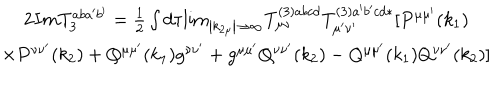
\begin{array} { c } { { 2 I m T _ { 3 } ^ { a b a ^ { \prime } b ^ { \prime } } = \frac 1 2 \int d \tau { \lim _ { \left| k _ { 2 \mu } \right| \rightarrow \infty } } T _ { \mu \nu } ^ { ( 3 ) a b c d } T _ { \mu ^ { \prime } \nu ^ { \prime } } ^ { ( 3 ) a ^ { \prime } b ^ { \prime } c d * } [ P ^ { \mu \mu ^ { \prime } } ( k _ { 1 } ) } } \\ { { \times P ^ { \nu \nu ^ { \prime } } ( k _ { 2 } ) + Q ^ { \mu \mu ^ { \prime } } ( k _ { 1 } ) g ^ { \nu \nu ^ { \prime } } + g ^ { \mu \mu ^ { \prime } } Q ^ { \nu \nu ^ { \prime } } ( k _ { 2 } ) - Q ^ { \mu \mu ^ { \prime } } ( k _ { 1 } ) Q ^ { \nu \nu ^ { \prime } } ( k _ { 2 } ) ] } } \\ \end{array}